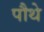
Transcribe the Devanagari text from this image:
पौथे